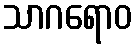
သာဂရောဝ